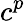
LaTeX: c^{p}